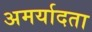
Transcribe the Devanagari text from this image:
अमर्यादता